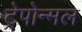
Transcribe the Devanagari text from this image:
ट्रेपोन्मल